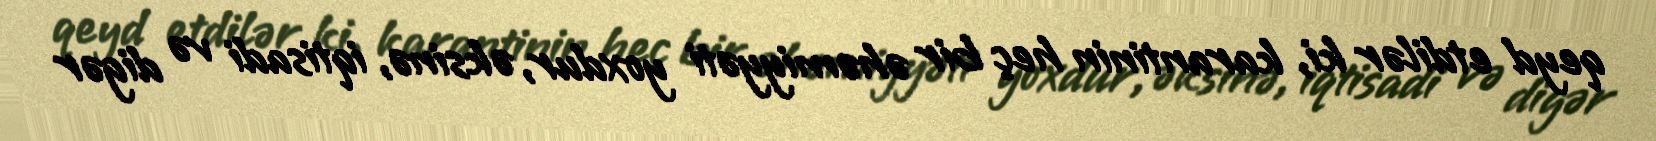
qeyd etdilər ki, karantinin heç bir əhəmiyyəti yoxdur, əksinə, iqtisadi və digər